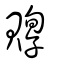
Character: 賯